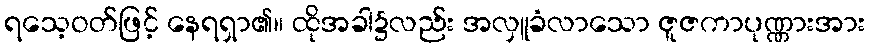
ရသေ့ဝတ်ဖြင့် နေရရှာ၏။ ထိုအခါ၌လည်း အလှူခံလာသော ဇူဇကာပုဏ္ဏားအား